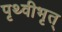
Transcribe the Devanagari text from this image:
पृथ्वीभृत्